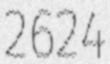
2624